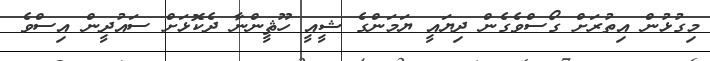
މިގުޅުން އިތުރަށް ގޯސްވެގެން ދިޔައީ ޔަމަންގެ ޝީއީ ހޫޘީންނާ ދެކޮޅަށް ސައުދީން އިސްވެ